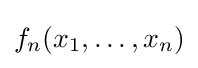
f_{n}(x_{1},\ldots ,x_{n})